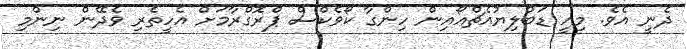
ދެނީ އެވެ. މިއީ ޑަބްލިޔުއެޗްއޯއިން ހިންގާ ކޯވެކްސް ޕްރޮގްރާމަށް އެހީތެރި ވެދޭން ނިންމި